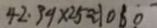
4 2 . 3 9 \times 2 5 \approx 1 0 6 0